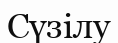
Сүзілу